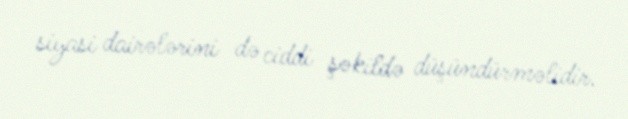
siyasi dairələrini də ciddi şəkildə düşündürməlidir.